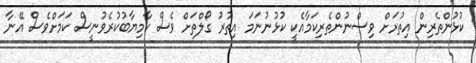
ކުޅުންތެރިން އިތުރަށް ވިސްނުންތެރިކަމާއެކީ ކުޅުނުނަމަ އިތުރު ގޯލްތަށް ވެސް ކާމިޔާބުކުރެވުނީސް ކަމަށްވެސް އޭނާ